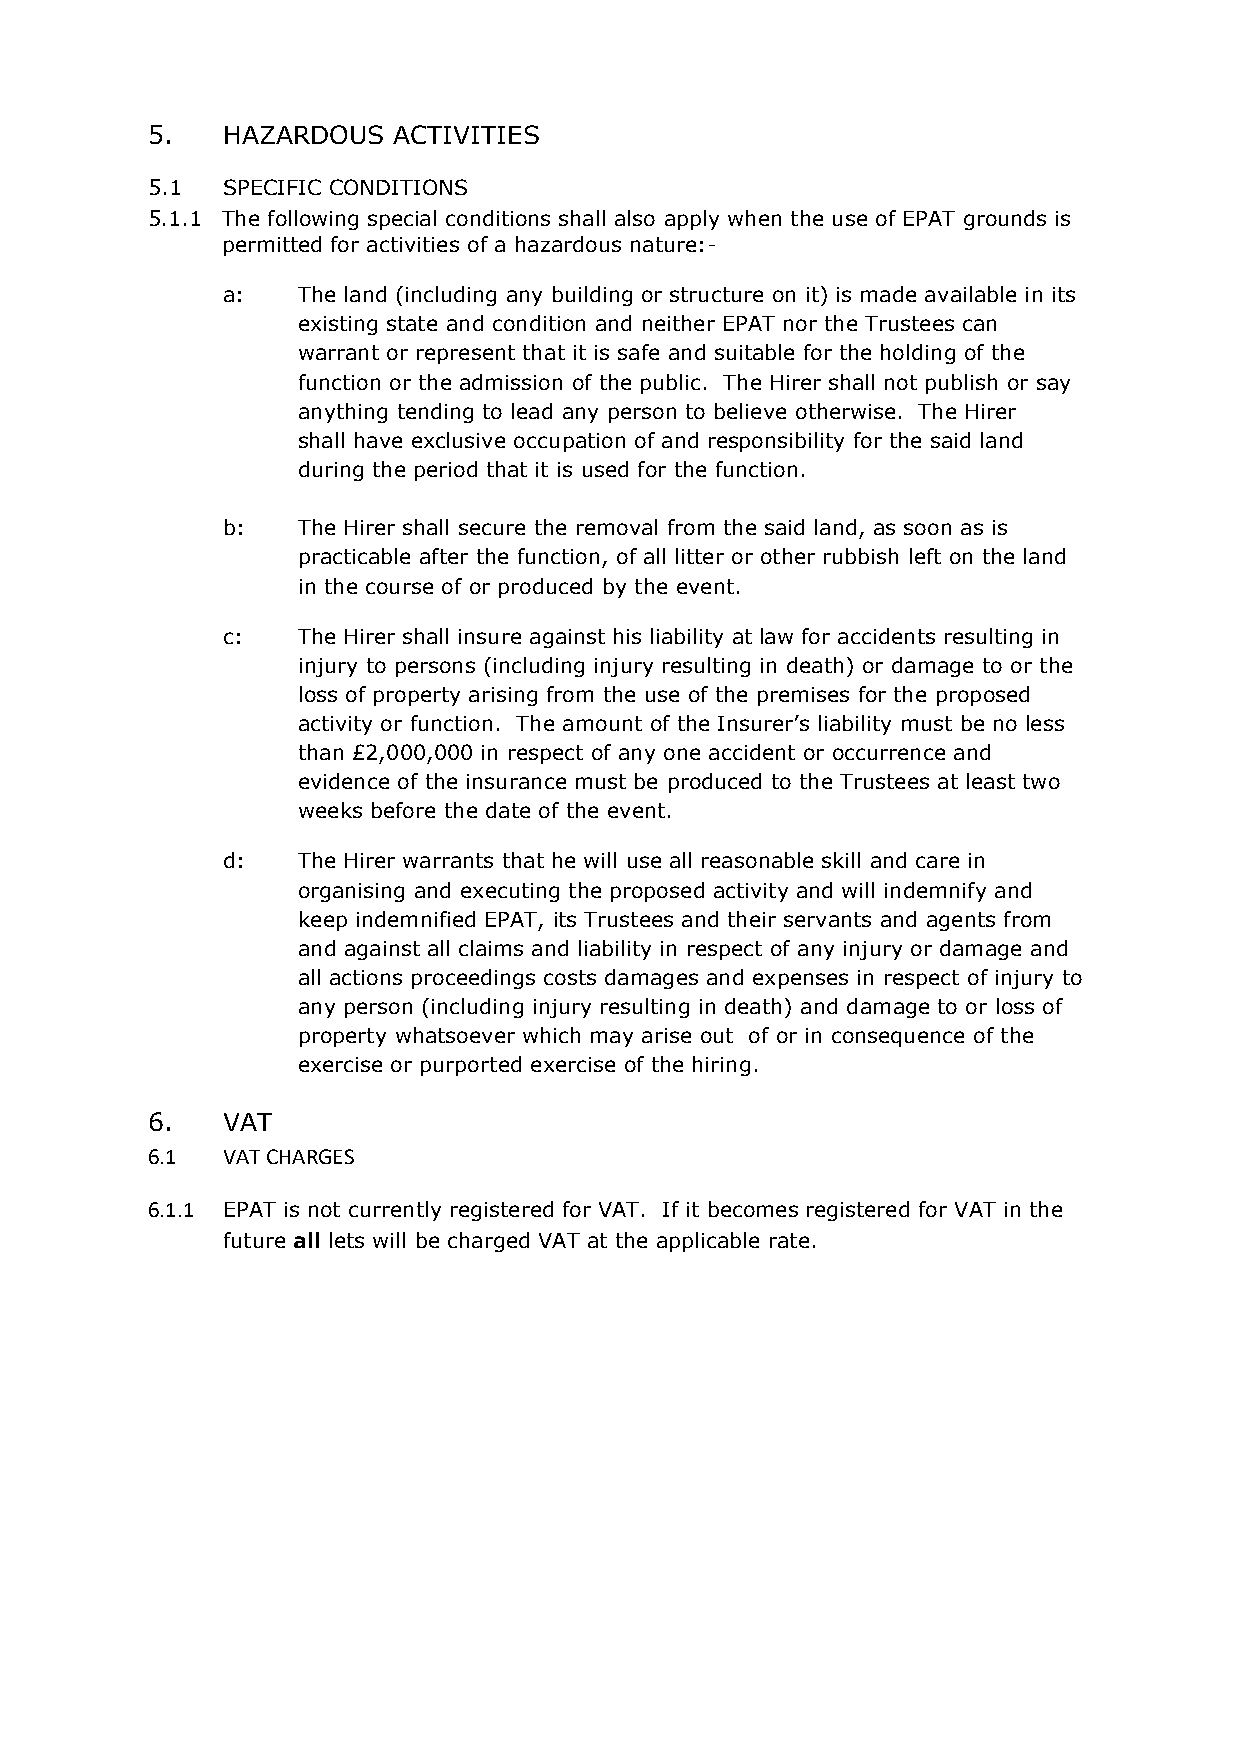
5.   HAZARDOUS  ACTIVITIES
 5.1  SPECIFIC CONDITIONS
 5.1.1 The following special conditions shall also apply when the use of EPAT grounds is
 permitted for activities of a hazardous nature:-
 a:   The land (including any building or structure on it) is made available in its
 existing state and condition and neither EPAT nor the Trustees can
 warrant or represent that it is safe and suitable for the holding of the
 function or the admission of the public. The Hirer shall not publish or say
 anything tending to lead any person to believe otherwise. The Hirer
 shall have exclusive occupation of and responsibility for the said land
 during the period that it is used for the function.
 b:   The Hirer shall secure the removal from the said land, as soon as is
 practicable after the function, of all litter or other rubbish left on the land
 in the course of or produced by the event.
 c:   The Hirer shall insure against his liability at law for accidents resulting in
 injury to persons (including injury resulting in death) or damage to or the
 loss of property arising from the use of the premises for the proposed
 activity or function. The amount of the Insurer’s liability must be no less
 than £2,000,000 in respect of any one accident or occurrence and
 evidence of the insurance must be produced to the Trustees at least two
 weeks before the date of the event.
 d:   The Hirer warrants that he will use all reasonable skill and care in
 organising and executing the proposed activity and will indemnify and
 keep indemnified EPAT, its Trustees and their servants and agents from
 and against all claims and liability in respect of any injury or damage and
 all actions proceedings costs damages and expenses in respect of injury to
 any person (including injury resulting in death) and damage to or loss of
 property whatsoever which may arise out of or in consequence of the
 exercise or purported exercise of the hiring.
 6.   VAT
 6.1  VAT CHARGES
 6.1.1 EPAT is not currently registered for VAT. If it becomes registered for VAT in the
 future all lets will be charged VAT at the applicable rate.